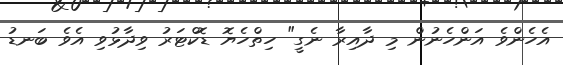
އެހެންވެ އަންހެނުން މި ދާއިރާ ނެގީ" ހިތްހެޔޮ ޑޮކްޓަރު ވިދާޅުވި އެވެ ބަނޑު